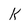
Character: K